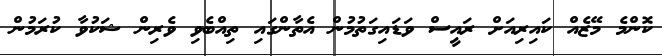
ކޮންމެ މޭޒެއް ކައިރިއަށް ރައީސް ވަޑައިގަތުމުން އެތާންގައި ތިއްބެވި ވެރިން ޝަކުވާ ކުރަމުން